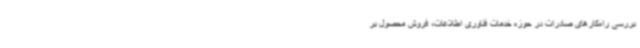
بررسی راه‌کارهای صادرات در حوزه خدمات فناوری اطلاعات، فروش محصول بر